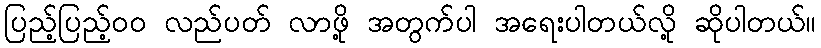
ပြည့်ပြည့်ဝဝ လည်ပတ် လာဖို့ အတွက်ပါ အရေးပါတယ်လို့ ဆိုပါတယ်။